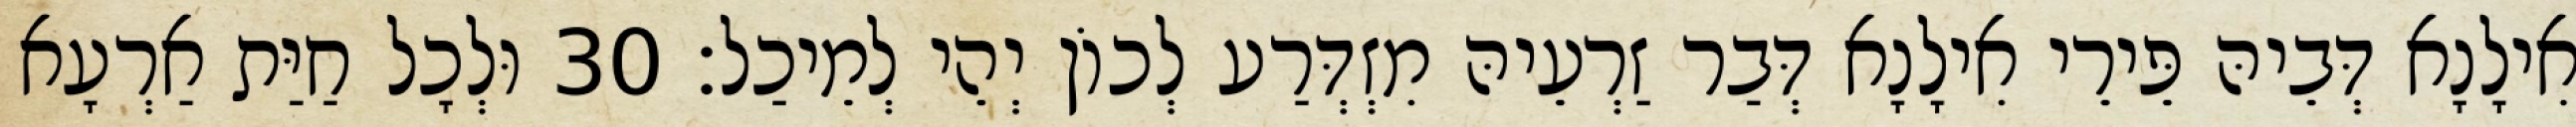
אִילָנָא דְּבֵיהּ פֵּירֵי אִילָנָא דְּבַר זַרְעֵיהּ מִזְדְּרַע לְכוֹן יְהֵי לְמֵיכַל׃ 30 וּלְכָל חַיַּת אַרְעָא